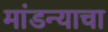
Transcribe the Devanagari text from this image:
मांडन्याचा